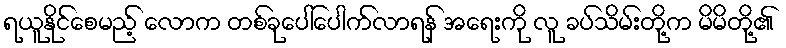
ရယူနိုင်စေမည့် လောက တစ်ခုပေါ်ပေါက်လာရန် အရေးကို လူ ခပ်သိမ်းတို့က မိမိတို့၏